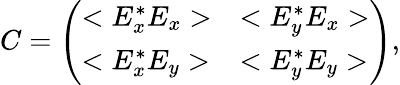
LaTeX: C=\left(\begin{array}{ll}{{<E_{x}^{*}E_{x}>}}&{{<E_{y}^{*}E_{x}>}}\\ {{<E_{x}^{*}E_{y}>}}&{{<E_{y}^{*}E_{y}>}}\end{array}\right),